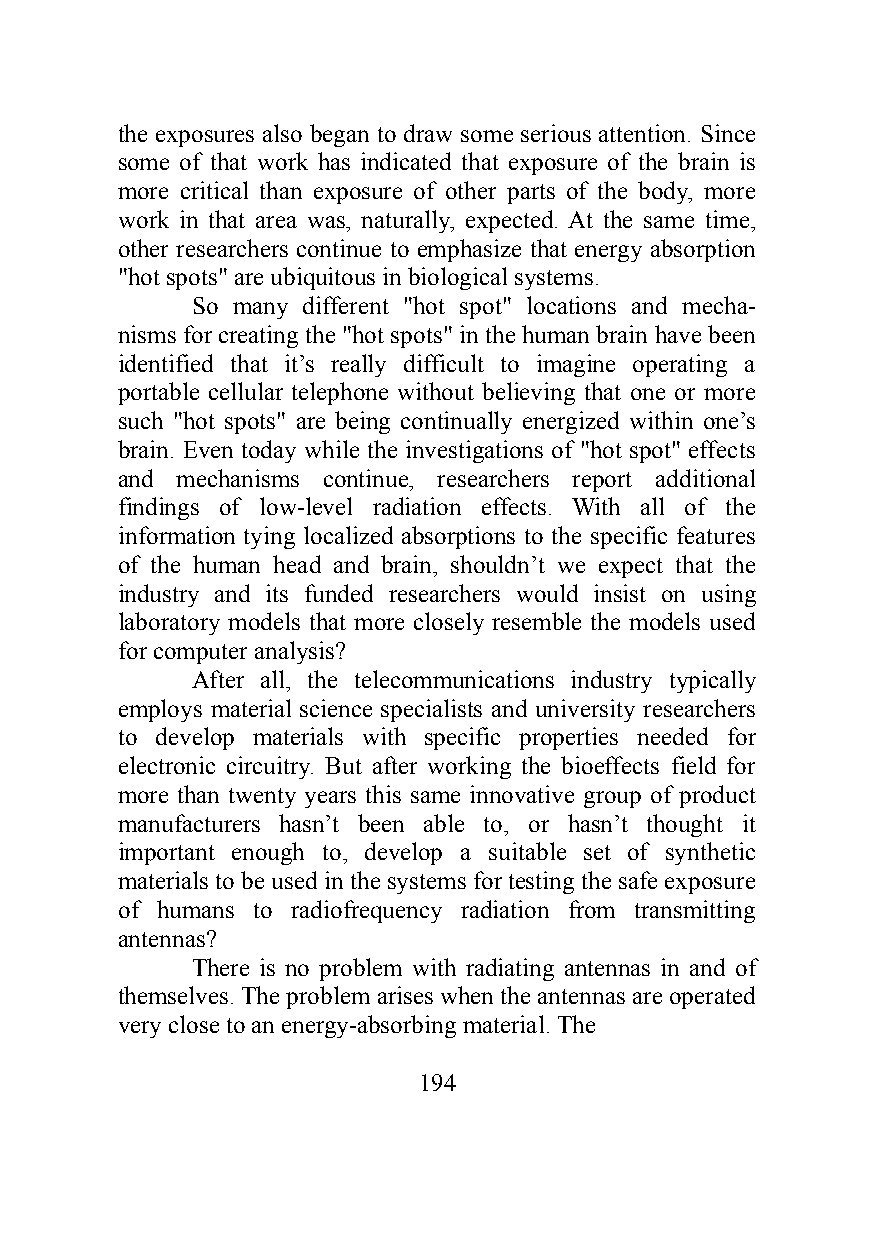
the exposures also began to draw some serious attention. Since
 some of that work has indicated that exposure of the brain is
 more critical than exposure of other parts of the body, more
 work in that area was, naturally, expected. At the same time,
 other researchers continue to emphasize that energy absorption
 "hot spots" are ubiquitous in biological systems.
 So many different "hot spot" locations and mecha-
 nisms for creating the "hot spots" in the human brain have been
 identified that it’s really difficult to imagine operating a
 portable cellular telephone without believing that one or more
 such "hot spots" are being continually energized within one’s
 brain. Even today while the investigations of "hot spot" effects
 and mechanisms continue, researchers report additional
 findings of low-level radiation effects. With all of the
 information tying localized absorptions to the specific features
 of the human head and brain, shouldn’t we expect that the
 industry and its funded researchers would insist on using
 laboratory models that more closely resemble the models used
 for computer analysis?
 After all, the telecommunications industry typically
 employs material science specialists and university researchers
 to develop materials with specific properties needed for
 electronic circuitry. But after working the bioeffects field for
 more than twenty years this same innovative group of product
 manufacturers hasn’t been able to, or hasn’t thought it
 important enough to, develop a suitable set of synthetic
 materials to be used in the systems for testing the safe exposure
 of humans to radiofrequency radiation from transmitting
 antennas?
 There is no problem with radiating antennas in and of
 themselves. The problem arises when the antennas are operated
 very close to an energy-absorbing material. The
 194